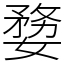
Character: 㜈